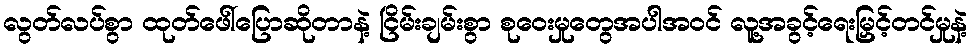
လွတ်လပ်စွာ ထုတ်ဖေါ်ပြောဆိုတာနဲ့ ငြိမ်းချမ်းစွာ စုဝေးမှုတွေအပါအဝင် လူ့အခွင့်ရေးမြှင့်တင်မှုနဲ့